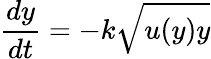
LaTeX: {\frac{dy}{dt}}=-k{\sqrt{u(y)y}}